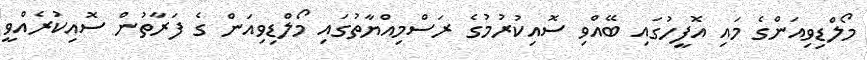
މޯލްޑިވިއަންގެ މައި އޮފީހުގައި ބޭއްވި ސޮއިކުރުމުގެ ރަސްމިއްޔާތުގައި މޯލްޑިވިއަން ގެ ފަރާތުން ސޮއިކުރެއްވީ